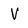
Character: V